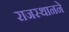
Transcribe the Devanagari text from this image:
राजस्थानने